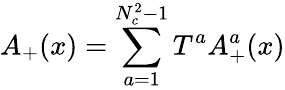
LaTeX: A_{+}(x)=\sum_{a=1}^{N_{c}^{2}-1}T^{a}A_{+}^{a}(x)